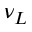
\nu _ { L }